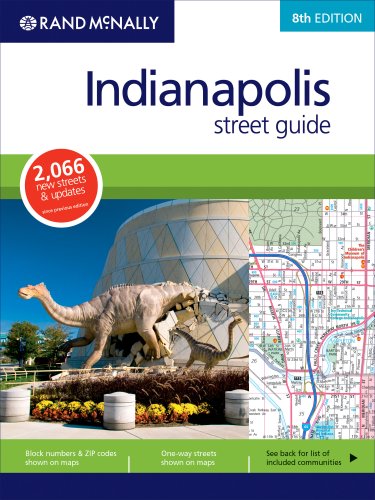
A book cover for Rand McNally Indianapolis Street Guide (Rand McNally Indianapolis & Vicinity Street Guide); Travel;